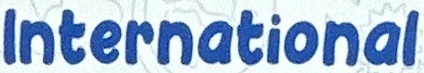
International